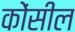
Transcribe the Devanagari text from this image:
कोंसील